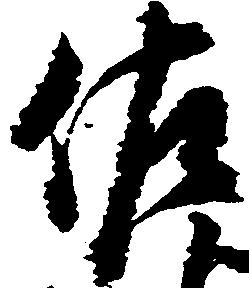
佐